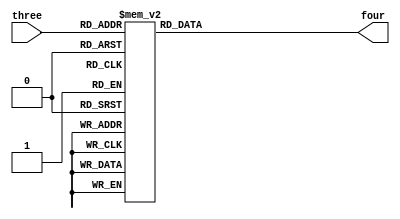
module vconvert (input [2:0] three,
                           output [3:0] four);
always @ *
    case(three)
        3'b000 : four = 4'b1100;
        3'b001 : four = 4'b0000;
        3'b010 : four = 4'b1111;
        3'b011 : four = 4'b1111;
        3'b100 : four = 4'b1110;
        3'b101 : four = 4'b1110;
        3'b110 : four = 4'b1001;
        3'b111 : four = 4'b0011;
    endcase
endmodule